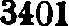
3401